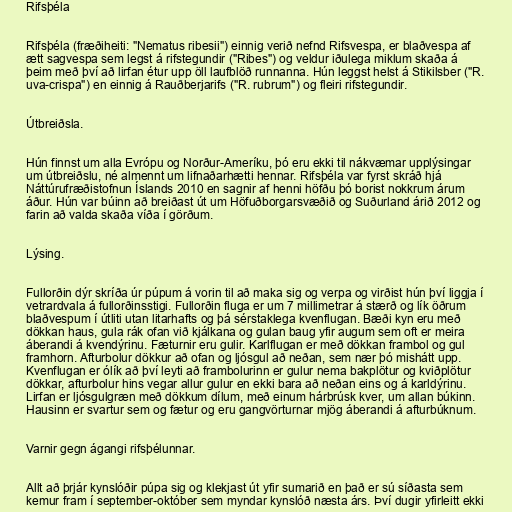
Rifsþéla

Rifsþéla (fræðiheiti: "Nematus ribesii") einnig verið nefnd Rifsvespa, er blaðvespa af
ætt sagvespa sem legst á rifstegundir ("Ribes") og veldur iðulega miklum skaða á
þeim með því að lirfan étur upp öll laufblöð runnanna. Hún leggst helst á Stikilsber ("R.
uva-crispa") en einnig á Rauðberjarifs ("R. rubrum") og fleiri rifstegundir.

Útbreiðsla.

Hún finnst um alla Evrópu og Norður-Ameríku, þó eru ekki til nákvæmar upplýsingar
um útbreiðslu, né almennt um lifnaðarhætti hennar. Rifsþéla var fyrst skráð hjá
Náttúrufræðistofnun Íslands 2010 en sagnir af henni höfðu þó borist nokkrum árum
áður. Hún var búinn að breiðast út um Höfuðborgarsvæðið og Suðurland árið 2012 og
farin að valda skaða víða í görðum.

Lýsing.

Fullorðin dýr skríða úr púpum á vorin til að maka sig og verpa og virðist hún því liggja í
vetrardvala á fullorðinsstigi. Fullorðin fluga er um 7 millimetrar á stærð og lík öðrum
blaðvespum í útliti utan litarhafts og þá sérstaklega kvenflugan. Bæði kyn eru með
dökkan haus, gula rák ofan við kjálkana og gulan baug yfir augum sem oft er meira
áberandi á kvendýrinu. Fæturnir eru gulir. Karlflugan er með dökkan frambol og gul
framhorn. Afturbolur dökkur að ofan og ljósgul að neðan, sem nær þó mishátt upp.
Kvenflugan er ólík að því leyti að frambolurinn er gulur nema bakplötur og kviðplötur
dökkar, afturbolur hins vegar allur gulur en ekki bara að neðan eins og á karldýrinu.
Lirfan er ljósgulgræn með dökkum dílum, með einum hárbrúsk kver, um allan búkinn.
Hausinn er svartur sem og fætur og eru gangvörturnar mjög áberandi á afturbúknum.

Varnir gegn ágangi rifsþélunnar.

Allt að þrjár kynslóðir púpa sig og klekjast út yfir sumarið en það er sú síðasta sem
kemur fram í september-október sem myndar kynslóð næsta árs. Því dugir yfirleitt ekki